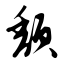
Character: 颓